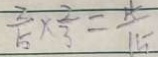
\frac { 2 } { 5 } \times \frac { 2 } { 3 } = \frac { 4 } { 1 5 }